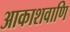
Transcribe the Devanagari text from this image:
आकाशवाणि